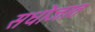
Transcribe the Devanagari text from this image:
सधोजात